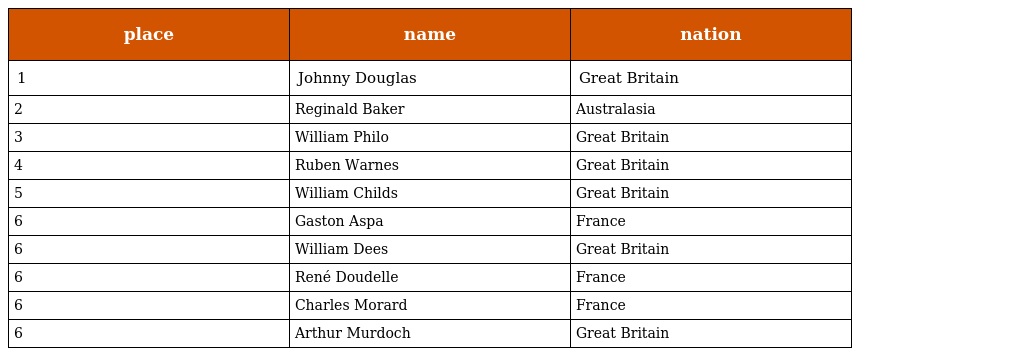
| place | name | nation |
 | --- | --- | --- |
 | 1 | Johnny Douglas | Great Britain |
 | 2 | Reginald Baker | Australasia |
 | 3 | William Philo | Great Britain |
 | 4 | Ruben Warnes | Great Britain |
 | 5 | William Childs | Great Britain |
 | 6 | Gaston Aspa | France |
 | 6 | William Dees | Great Britain |
 | 6 | René Doudelle | France |
 | 6 | Charles Morard | France |
 | 6 | Arthur Murdoch | Great Britain |